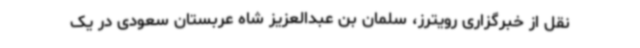
نقل از خبرگزاری رویترز، سلمان بن عبدالعزیز شاه عربستان سعودی در یک